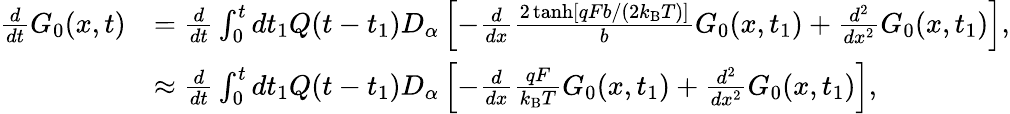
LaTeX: \begin{array}{rl}{\frac{d}{dt}G_{0}(x,t)}&{=\frac{d}{dt}\int_{0}^{t}dt_{1}Q(t-t_{1})D_{\alpha}\left[-\frac{d}{dx}\frac{2\operatorname{tanh}[qFb/(2k_{\mathrm{B}}T)]}{b}G_{0}(x,t_{1})+\frac{d^{2}}{dx^{2}}G_{0}(x,t_{1})\right],}\\ &{\approx\frac{d}{dt}\int_{0}^{t}dt_{1}Q(t-t_{1})D_{\alpha}\left[-\frac{d}{dx}\frac{qF}{k_{\mathrm{B}}T}G_{0}(x,t_{1})+\frac{d^{2}}{dx^{2}}G_{0}(x,t_{1})\right],}\end{array}